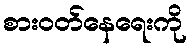
စားဝတ်နေရေးကို